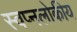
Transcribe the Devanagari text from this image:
स्वप्नलोकीय